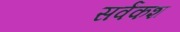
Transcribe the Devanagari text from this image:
सर्वंकश